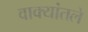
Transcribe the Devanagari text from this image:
वाक्यांतले